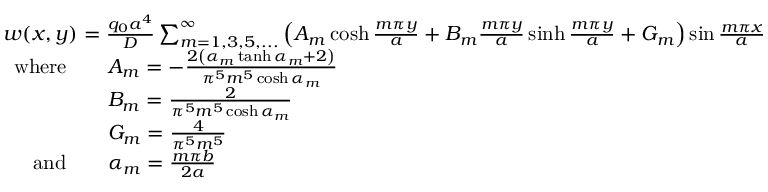
{ \begin{array} { r l } & { w ( x , y ) = { \frac { q _ { 0 } a ^ { 4 } } { D } } \sum _ { m = 1 , 3 , 5 , . . . } ^ { \infty } \left( A _ { m } \cosh { \frac { m \pi y } { a } } + B _ { m } { \frac { m \pi y } { a } } \sinh { \frac { m \pi y } { a } } + G _ { m } \right) \sin { \frac { m \pi x } { a } } } \\ & { { \begin{array} { r l } { { \mathrm { w h e r e } } \quad } & { A _ { m } = - { \frac { 2 \left( \alpha _ { m } \operatorname { t a n h } \alpha _ { m } + 2 \right) } { \pi ^ { 5 } m ^ { 5 } \cosh \alpha _ { m } } } } \\ & { B _ { m } = { \frac { 2 } { \pi ^ { 5 } m ^ { 5 } \cosh \alpha _ { m } } } } \\ & { G _ { m } = { \frac { 4 } { \pi ^ { 5 } m ^ { 5 } } } } \\ { { \mathrm { a n d } } \quad } & { \alpha _ { m } = { \frac { m \pi b } { 2 a } } } \end{array} } } \end{array} }